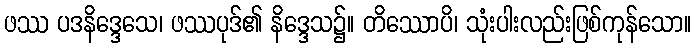
ဖဿ ပဒနိဒ္ဒေသေ၊ ဖဿပုဒ်၏ နိဒ္ဒေသ၌။ တိဿောပိ၊ သုံးပါးလည်းဖြစ်ကုန်သော။